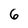
Character: 6